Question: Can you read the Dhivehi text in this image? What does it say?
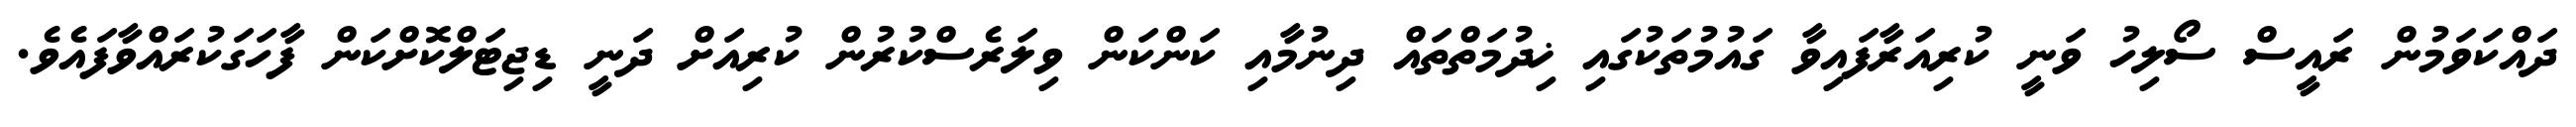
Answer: ދައްކަވަމުން ރައީސް ސޯލިހު ވަނީ ކުރިއަރާފައިވާ ގައުމުތަކުގައި ޚިދުމަތްތައް ދިނުމާއި ކަންކަން ވިލަރެސްކުރުން ކުރިއަށް ދަނީ ޑިޖިޓަލްކޮށްކަން ފާހަގަކުރައްވާފައެވެ.